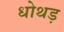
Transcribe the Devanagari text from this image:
धोथड़